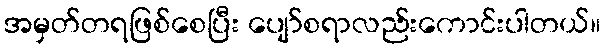
အမှတ်တရဖြစ်စေပြီး ပျော်စရာလည်းကောင်းပါတယ်။